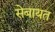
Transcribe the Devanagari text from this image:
सेबायत